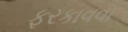
ફરકાવવા